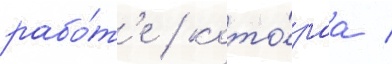
рабо́т'е / кото́раа /